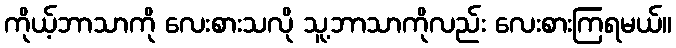
ကိုယ့်ဘာသာကို လေးစားသလို သူ့ဘာသာကိုလည်း လေးစားကြရမယ်။